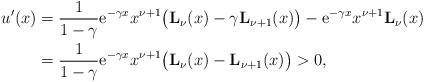
LaTeX: \begin{align*}u'(x)&=\frac{1}{1-\gamma}\mathrm{e}^{-\gamma x}x^{\nu+1}\big(\mathbf{L}_\nu(x)-\gamma \mathbf{L}_{\nu+1}(x)\big)-\mathrm{e}^{-\gamma x}x^{\nu+1}\mathbf{L}_\nu(x) \\&=\frac{1}{1-\gamma}\mathrm{e}^{-\gamma x}x^{\nu+1}\big(\mathbf{L}_\nu(x)-\mathbf{L}_{\nu+1}(x)\big)>0,\end{align*}